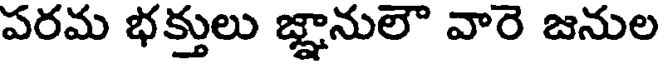
పరమ భక్తులు జ్ఞానులౌ వారె జనుల